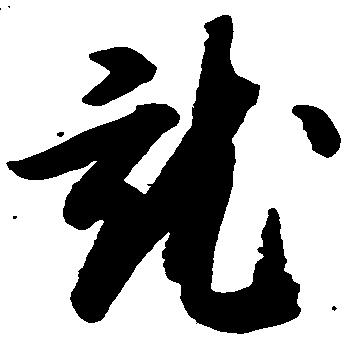
就